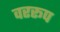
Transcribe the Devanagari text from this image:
वररूप